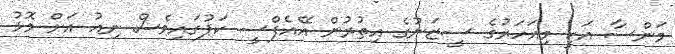
މަންސާ އަކީ މިއަހަރުގެ ސީޒަނުގެ އިތުރުން އޭއެފްސީ ކަޕުގައިވެސް ނިއު އަށް މޮޅު